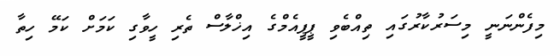
މިފެންނަނީ މިސަރުކާރުގައި ތިއްބެވި ޕީޕީއެމްގެ އިޚްލާސް ތެރި ހީވާގި ކަމަށް ކަމޭ ހިތާ